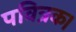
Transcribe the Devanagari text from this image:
पवित्रक।